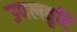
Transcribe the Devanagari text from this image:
उपलवृष्टि